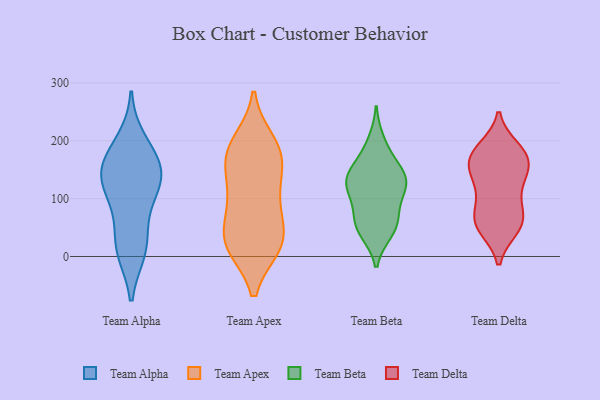
{"axis": {"x": "Operating Costs (USD K)", "y": "Value"}, "legend": ["Team Alpha", "Team Apex", "Team Beta", "Team Delta"], "data": [{"x": "", "y": 136, "type": "Team Alpha"}, {"x": "", "y": 148, "type": "Team Alpha"}, {"x": "", "y": 137, "type": "Team Alpha"}, {"x": "", "y": 33, "type": "Team Alpha"}, {"x": "", "y": 10, "type": "Team Alpha"}, {"x": "", "y": 156, "type": "Team Alpha"}, {"x": "", "y": 10, "type": "Team Alpha"}, {"x": "", "y": 199, "type": "Team Alpha"}, {"x": "", "y": 171, "type": "Team Alpha"}, {"x": "", "y": 91, "type": "Team Alpha"}, {"x": "", "y": 111, "type": "Team Alpha"}, {"x": "", "y": 68, "type": "Team Apex"}, {"x": "", "y": 20, "type": "Team Apex"}, {"x": "", "y": 25, "type": "Team Apex"}, {"x": "", "y": 197, "type": "Team Apex"}, {"x": "", "y": 173, "type": "Team Apex"}, {"x": "", "y": 19, "type": "Team Apex"}, {"x": "", "y": 129, "type": "Team Apex"}, {"x": "", "y": 96, "type": "Team Apex"}, {"x": "", "y": 166, "type": "Team Apex"}, {"x": "", "y": 22, "type": "Team Apex"}, {"x": "", "y": 188, "type": "Team Apex"}, {"x": "", "y": 101, "type": "Team Apex"}, {"x": "", "y": 172, "type": "Team Apex"}, {"x": "", "y": 29, "type": "Team Apex"}, {"x": "", "y": 98, "type": "Team Beta"}, {"x": "", "y": 149, "type": "Team Beta"}, {"x": "", "y": 42, "type": "Team Beta"}, {"x": "", "y": 57, "type": "Team Beta"}, {"x": "", "y": 134, "type": "Team Beta"}, {"x": "", "y": 200, "type": "Team Beta"}, {"x": "", "y": 141, "type": "Team Beta"}, {"x": "", "y": 123, "type": "Team Beta"}, {"x": "", "y": 59, "type": "Team Beta"}, {"x": "", "y": 114, "type": "Team Beta"}, {"x": "", "y": 177, "type": "Team Beta"}, {"x": "", "y": 43, "type": "Team Beta"}, {"x": "", "y": 138, "type": "Team Beta"}, {"x": "", "y": 73, "type": "Team Beta"}, {"x": "", "y": 124, "type": "Team Beta"}, {"x": "", "y": 85, "type": "Team Delta"}, {"x": "", "y": 102, "type": "Team Delta"}, {"x": "", "y": 186, "type": "Team Delta"}, {"x": "", "y": 49, "type": "Team Delta"}, {"x": "", "y": 174, "type": "Team Delta"}, {"x": "", "y": 166, "type": "Team Delta"}, {"x": "", "y": 159, "type": "Team Delta"}, {"x": "", "y": 177, "type": "Team Delta"}, {"x": "", "y": 59, "type": "Team Delta"}, {"x": "", "y": 61, "type": "Team Delta"}, {"x": "", "y": 49, "type": "Team Delta"}, {"x": "", "y": 179, "type": "Team Delta"}, {"x": "", "y": 135, "type": "Team Delta"}, {"x": "", "y": 65, "type": "Team Delta"}, {"x": "", "y": 133, "type": "Team Delta"}, {"x": "", "y": 139, "type": "Team Delta"}]}